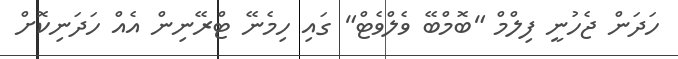
ހަދަން ޖެހުނީ ފިލްމް "ބޮމްބޭ ވެލްވެޓް" ގައި ހިމެނޭ ޓްރޭނިން އެއް ހަދަނިކޮށް